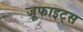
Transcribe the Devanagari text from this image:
जूफाइट्स